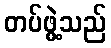
တပ်ဖွဲ့သည်